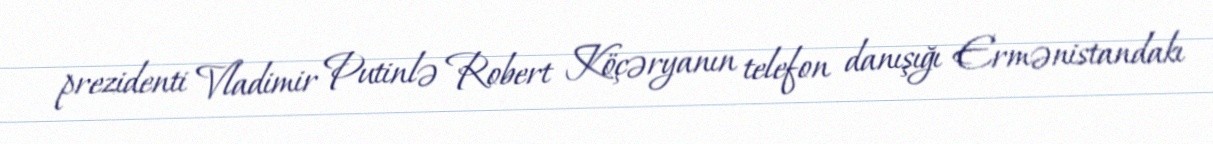
prezidenti Vladimir Putinlə Robert Köçəryanın telefon danışığı Ermənistandakı